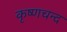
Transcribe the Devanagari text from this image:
कृष्णचन्द